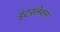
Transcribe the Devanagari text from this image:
इंटरलेशन